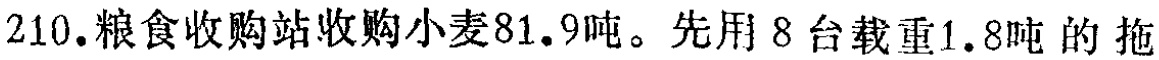
210.粮食收购站收购小麦81.9吨。先用8台载重1.8吨的拖